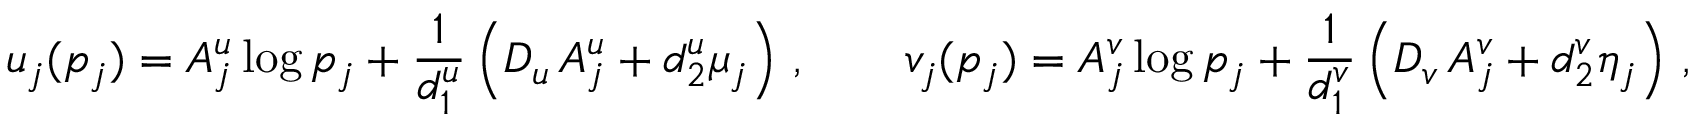
u _ { j } ( p _ { j } ) = A _ { j } ^ { u } \log p _ { j } + \frac { 1 } { d _ { 1 } ^ { u } } \left( D _ { u } \, A _ { j } ^ { u } + d _ { 2 } ^ { u } \mu _ { j } \right) \, , \qquad v _ { j } ( p _ { j } ) = A _ { j } ^ { v } \log p _ { j } + \frac { 1 } { d _ { 1 } ^ { v } } \left( D _ { v } \, A _ { j } ^ { v } + d _ { 2 } ^ { v } \eta _ { j } \right) \, ,